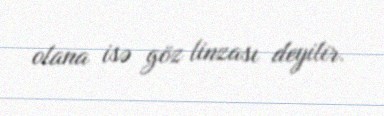
olana isə göz linzası deyilir.